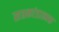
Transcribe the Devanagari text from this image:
सप्तकांडात्मक